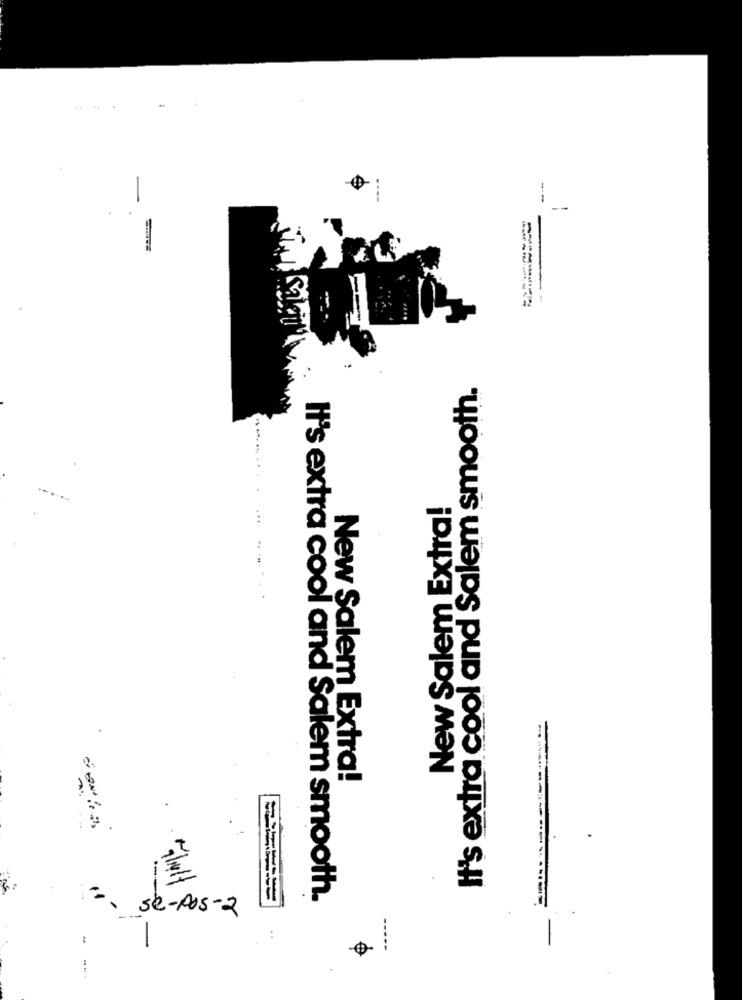
-
It's extra cool and Salem smooth.
New Salem Extra!
New Salem Extra!
It's extra cool and Salem smooth.
-. se-As-2
-